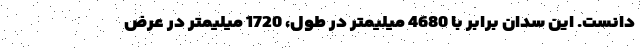
دانست. این سدان برابر با 4680 میلیمتر در طول، 1720 میلیمتر در عرض